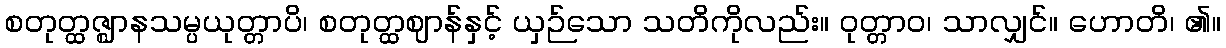
စတုတ္ထဇ္ဈာနသမ္ပယုတ္တာပိ၊ စတုတ္ထဈာန်နှင့် ယှဉ်သော သတိကိုလည်း။ ဝုတ္တာဝ၊ သာလျှင်။ ဟောတိ၊ ၏။